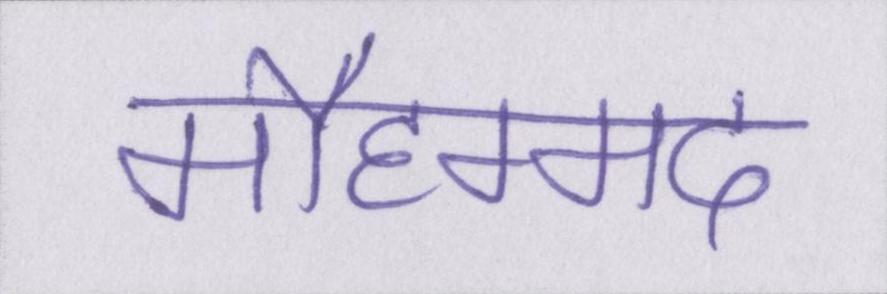
मौहम्मद